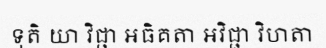
ទុតិ យា វិជ្ជា អធិគតា អវិជ្ជា វិហតា